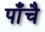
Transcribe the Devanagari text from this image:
पाँचै